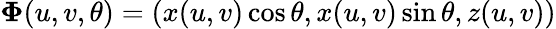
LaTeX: \mathbf{\Phi}(u,v,\theta)=(x(u,v)\cos\theta,x(u,v)\sin\theta,z(u,v))